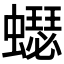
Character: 𧒓